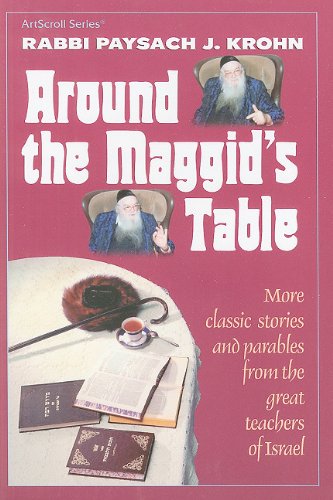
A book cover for Around the Maggid's Table: More Classic Stories and Parables from the Great Teachers of Israel (ArtScroll (Mesorah)); Paysach J. Krohn; Religion & Spirituality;